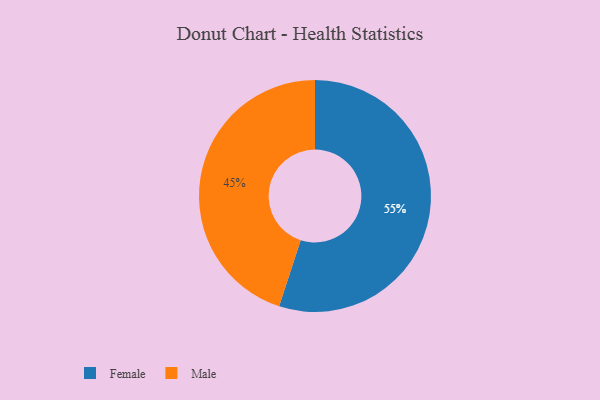
{"axis": {"x": "Category", "y": "Percentage"}, "legend": ["Female", "Male"], "data": [{"x": "Male", "y": 45, "type": "Male"}, {"x": "Female", "y": 55, "type": "Female"}]}